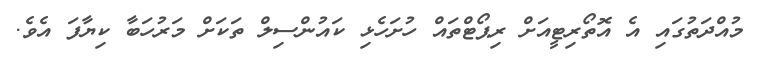
މުއްދަތުގައި އެ އޮތޯރިޓީއަށް ރިޕޯޓްތައް ހުށަހެޅި ކައުންސިލް ތަކަށް މަރުހަބާ ކިޔާފަ އެވެ.